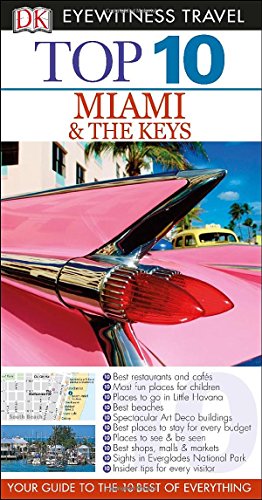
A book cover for Top 10 Miami and the Keys (Eyewitness Top 10 Travel Guide); Jeffrey Kennedy; Travel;